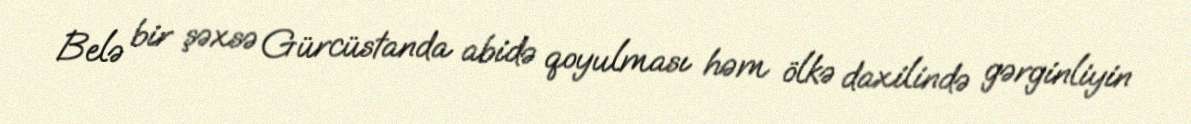
Belə bir şəxsə Gürcüstanda abidə qoyulması həm ölkə daxilində gərginliyin